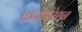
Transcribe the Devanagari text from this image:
कन्फ़ेडेरेशन